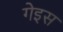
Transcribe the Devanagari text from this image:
गेइस